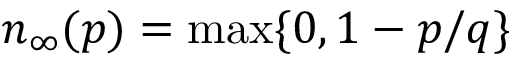
n _ { \infty } ( p ) = \operatorname* { m a x } \{ 0 , 1 - p / q \}